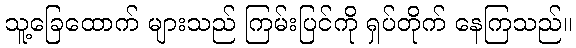
သူ့ခြေထောက် များသည် ကြမ်းပြင်ကို ရှပ်တိုက် နေကြသည်။